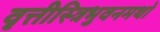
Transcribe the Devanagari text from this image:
वृत्तीस्त्रिभुवनमथो